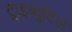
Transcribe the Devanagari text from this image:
ट्राइब्युटिल